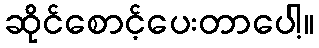
ဆိုင်စောင့်ပေးတာပေါ့။